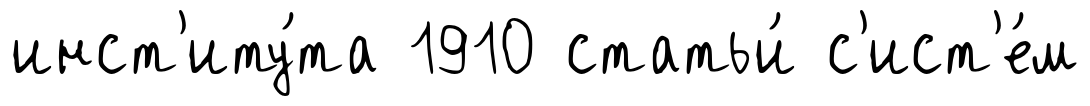
инст'иту́та 1910 статьи́ с'ист'е́м